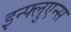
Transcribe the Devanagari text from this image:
इन्फ्लुएन्स